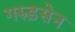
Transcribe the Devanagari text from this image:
गरुड़सेन